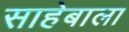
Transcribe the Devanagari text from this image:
साहेबाला